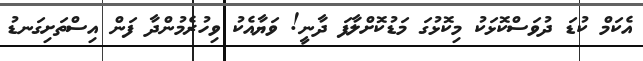
އެކަމް ކުޑަ ދުވަސްކޮޅަކު މިކޮޅުގަ މަޑުކޮށްލާފަ ދާނީ! ވަޔާއެކު ވިހުރެމުންދާ ފަން އިސްތަށިގަނޑު